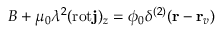
B + \mu _ { 0 } \lambda ^ { 2 } ( \mathrm { r o t } { \bf j } ) _ { z } = \phi _ { 0 } \delta ^ { ( 2 ) } ( { \bf r } - { \bf r } _ { v } )